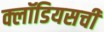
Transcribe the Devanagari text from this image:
क्लॉडियसची